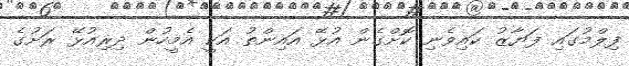
ފިލްމުގައި ފަޔާޒު ކައިވެނި ކޮށްގެން އުޅޭ އައިންތު އަކީ އެމީހުން ދިރިއުޅޭ ރަށުގެ